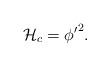
LaTeX: \begin{align*}{\cal{H}}_c= {\phi^\prime}^2.\end{align*}